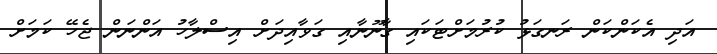
އަދި އެކަންކަން ރަނގަޅު ކުރުމަށްޓަކައި ގާނޫނާއި ގަވާއިދަށް އިސްލާހު އަންނަން ޖެހޭ ކަމަށް